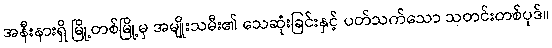
အနီးနားရှိ မြို့တစ်မြို့မှ အမျိုးသမီး၏ သေဆုံးခြင်းနှင့် ပတ်သက်သော သတင်းတစ်ပုဒ်။